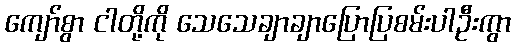
ကျော်စွာ ငါတို့ကို သေသေချာချာပြောပြစမ်းပါဦးကွာ